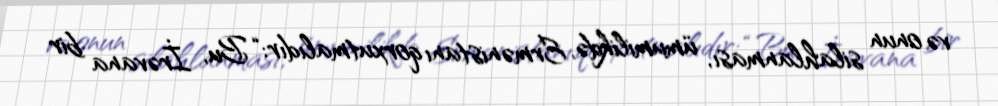
və onun silahlanması, ümumilikdə, Ermənistanı qorxutmalıdır: “Bu, İrəvana bir